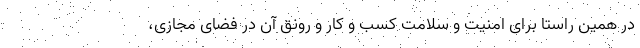
در همین راستا برای امنیت و سلامت کسب و کار و رونق آن در فضای مجازی،